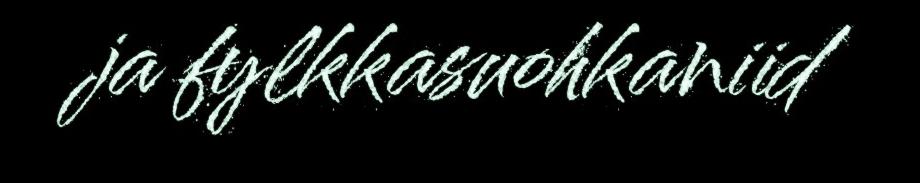
ja fylkkasuohkaniid